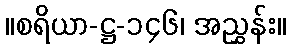
။စရိယာ-ဋ္ဌ-၁၄၆၊ အညွှန်း။